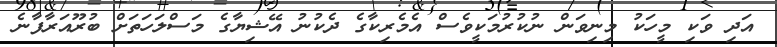
އަދި ވަކި މީހަކު މިނިވަން ނުކުރުމަކީވެސް އެމެރިކާގެ ދެކުނު އޭޝިޔާގެ މަސްލަހަތަށް ބުރޫއަރާފާނެ